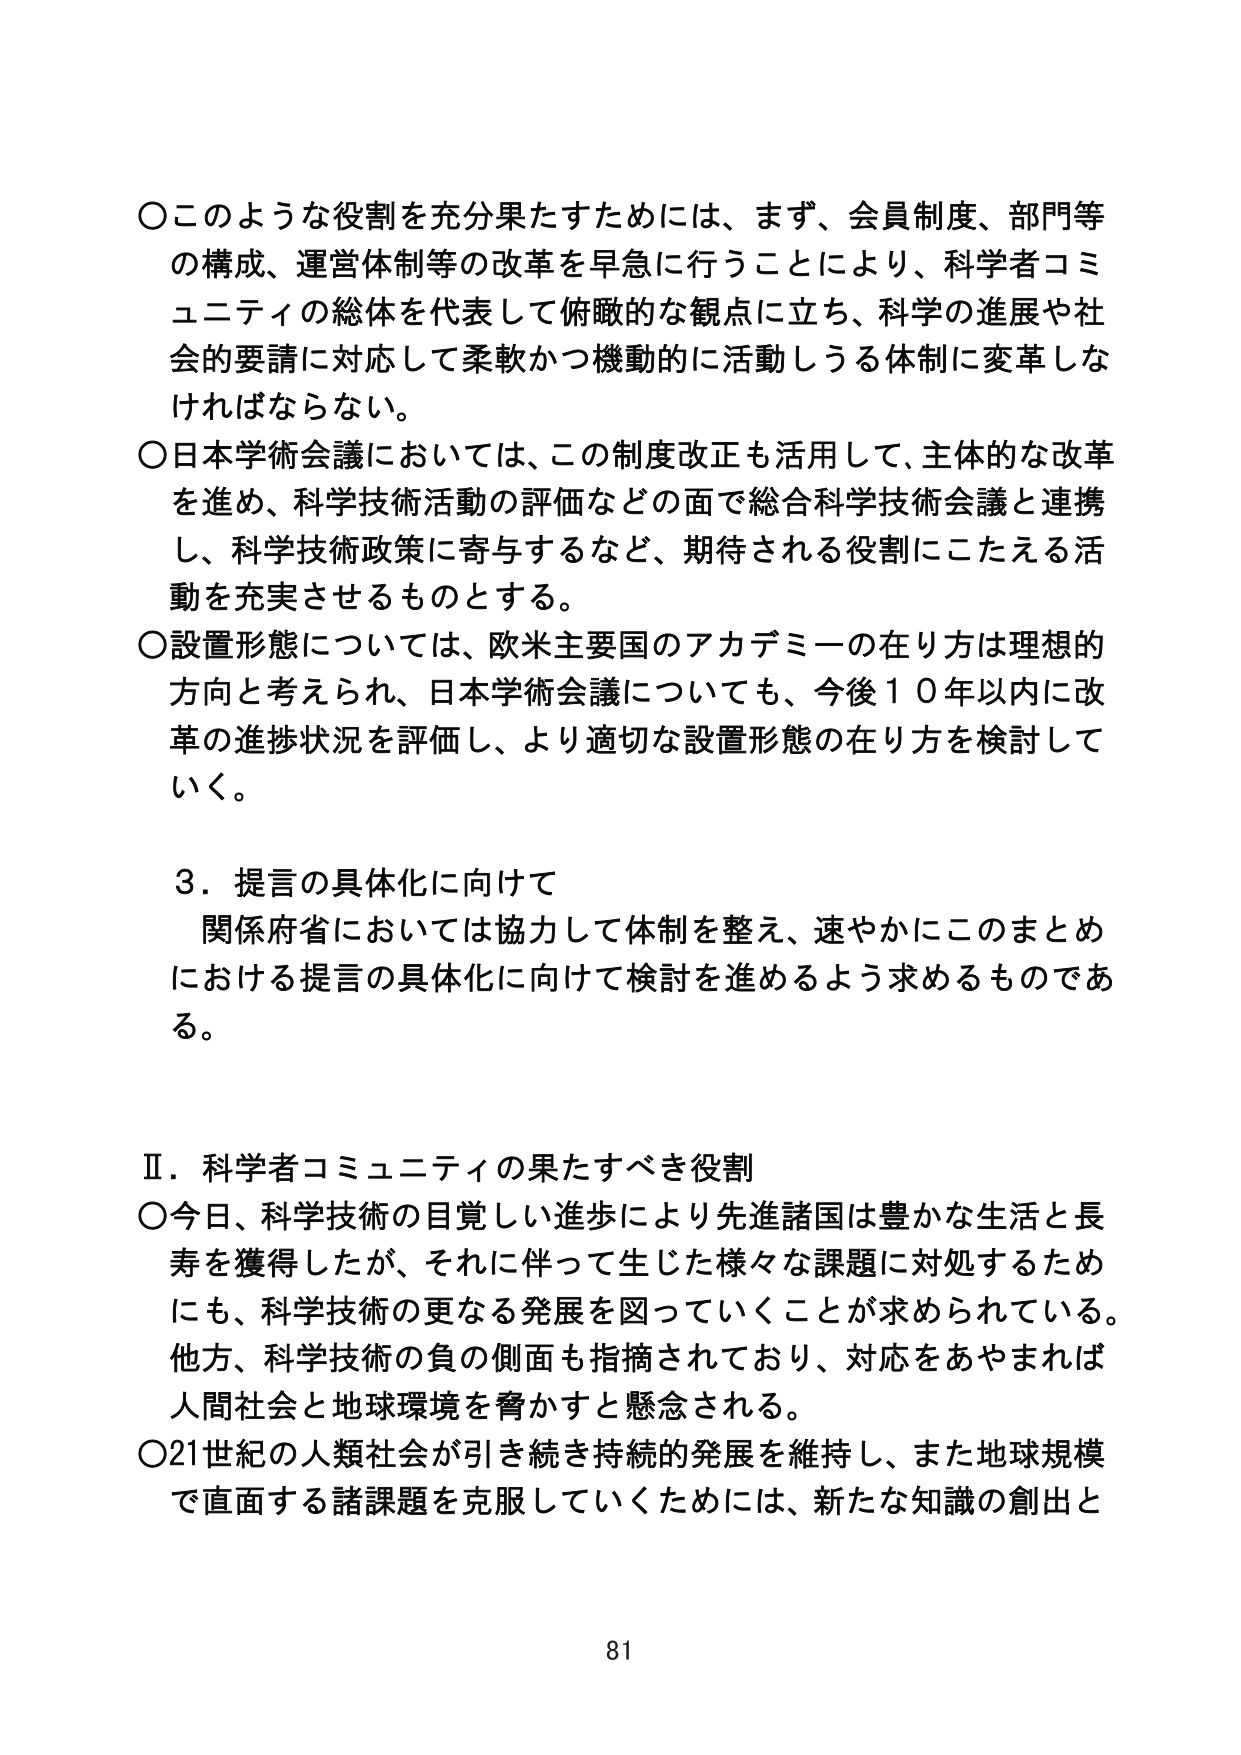
○このような役割を充分果たすためには、まず、会員制度、部門等の構成、運営体制等の改革を早急に行うことにより、科学者コミュニティの総体を代表して俯瞰的な観点に立ち、科学の進展や社会的要請に対応して柔軟かつ機動的に活動しうる体制に変革しなければならない。

○日本学術会議においては、この制度改正も活用して、主体的な改革を進め、科学技術活動の評価などの面で総合科学技術会議と連携し、科学技術政策に寄与するなど、期待される役割にこたえる活動を充実させるものとする。

○設置形態については、欧米主要国のアカデミーの在り方は理想的方向と考えられ、日本学術会議についても、今後１０年以内に改革の進捗状況を評価し、より適切な設置形態の在り方を検討していく。

３．提言の具体化に向けて
関係府省においては協力して体制を整え、速やかにこのまとめにおける提言の具体化に向けて検討を進めるよう求めるものである。

Ⅱ．科学者コミュニティの果たすべき役割
○今日、科学技術の目覚しい進歩により先進諸国は豊かな生活と長寿を獲得したが、それに伴って生じた様々な課題に対処するためにも、科学技術の更なる発展を図っていくことが求められている。他方、科学技術の負の側面も指摘されており、対応をあやまれば人間社会と地球環境を脅かすと懸念される。

○21世紀の人類社会が引き続き持続的発展を維持し、また地球規模で直面する諸課題を克服していくためには、新たな知識の創出と

81